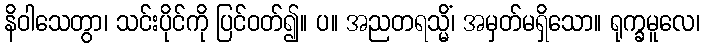
နိဝါသေတွာ၊ သင်းပိုင်ကို ပြင်ဝတ်၍။ ပ။ အညတရသ္မိံ၊ အမှတ်မရှိသော။ ရုက္ခမူလေ၊